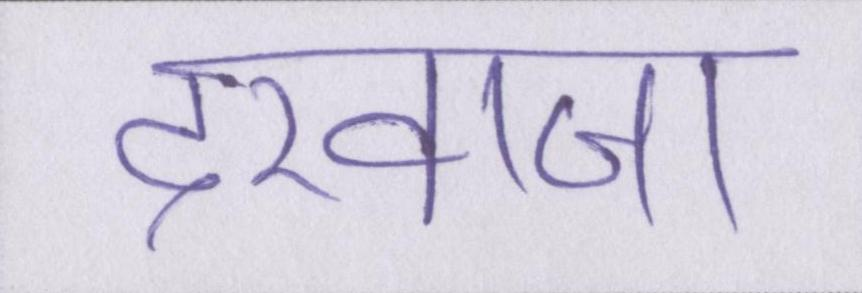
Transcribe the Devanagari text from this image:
दरवाजा